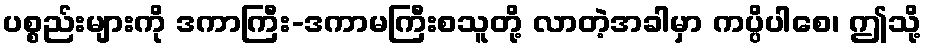
ပစ္စည်းများကို ဒကာကြီး-ဒကာမကြီးစသူတို့ လာတဲ့အခါမှာ ကပ္ပိပါစေ၊ ဤသို့